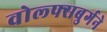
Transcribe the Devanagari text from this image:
वोल्फ्सबुर्गने